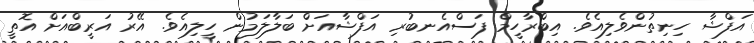
އަފްޝާ ހިނިތުންވެލިއެވެ. އިބްރާހީމް ފަސްއެނބުރި އަފްޝާއަށް ބަލާލަމުން ހީލިއެވެ. އޭރު އަރީބްއަށް އޮތީ